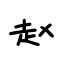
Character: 赵